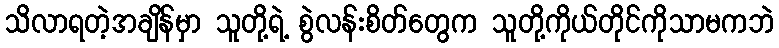
သိလာရတဲ့အချိန်မှာ သူတို့ရဲ့ စွဲလန်းစိတ်တွေက သူတို့ကိုယ်တိုင်ကိုသာမကဘဲ